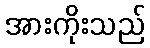
အားကိုးသည်